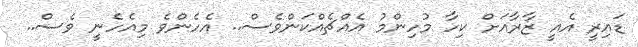
ޑައިރީ އެއީ ޒާރާއަށް ކިހާ މުހިންމު އެއްޗެއްކަންވެސް.. އެހެންވެ މިއެހެނީ ވެސް..